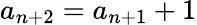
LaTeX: a_{n+2}=a_{n+1}+1